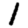
Digit: 1